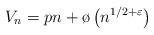
LaTeX: \begin{align*} V_n = pn + \o \left( n^{1/2 + \varepsilon} \right)\end{align*}